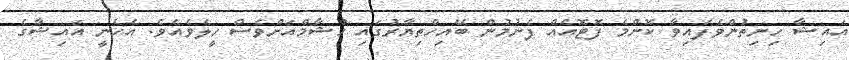
އައިޝާ ހިނިތުންވެފައިވާ ކޮންމެ ފޮޓޮއެއް ފެނުމުން ބޭއިހްތިޔާރުގައި ހުޝާމްއަށްވެސް ހީލެވެއެވެ. އެހެނީ އައިޝާގެ